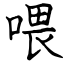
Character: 喂